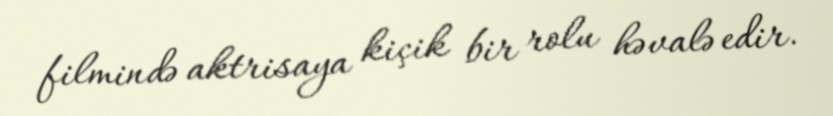
filmində aktrisaya kiçik bir rolu həvalə edir.